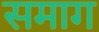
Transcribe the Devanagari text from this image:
समाग